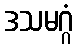
ဒသမဂ္ဂံ